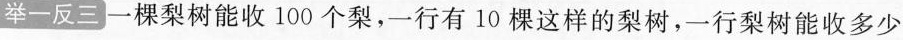
举一反三一棵梨树能收100个梨，一行有10棵这样的梨树，一行梨树能收多少